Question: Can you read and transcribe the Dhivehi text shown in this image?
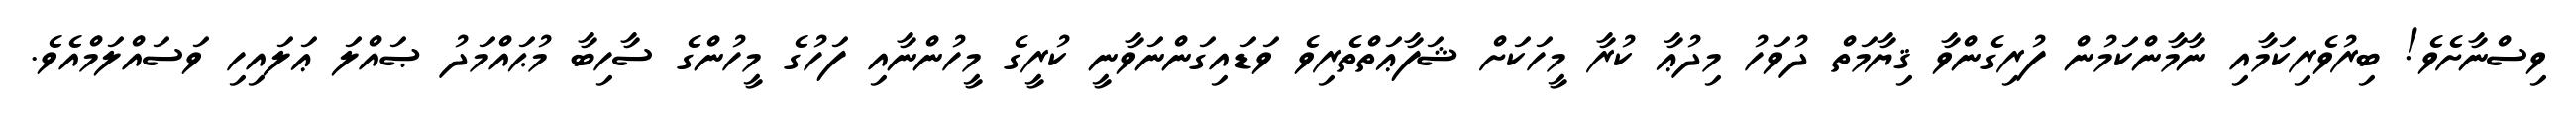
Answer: ވިސްނާށެވެ! ބިރުވެރިކަމާއި ނާމާންކަމުން ފުރިގެންވާ ޤިޔާމަތް ދުވަހު މިދުޢާ ކުރާ މީހަކަށް ޝަފާޢަތްތެރިވެ ވަޑައިގަންނަވާނީ ކުރީގެ މީހުންނާއި ފަހުގެ މީހުންގެ ސާހިބާ މުޙައްމަދު ޞައްލަ ޢަލައިހި ވަސައްލަމްއެވެ.